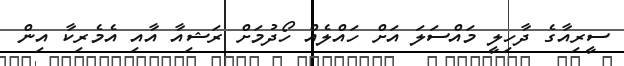
ސީރިއާގެ ދާހިލީ މައްސަލަ އަށް ހައްލެއް ހޯދުމަށް ރަޝިއާ އާއި އެމެރިކާ އިން